Notes on vaccination in the North-West Frontier Province 1923-1928 - 1923-1928
Year: 1923
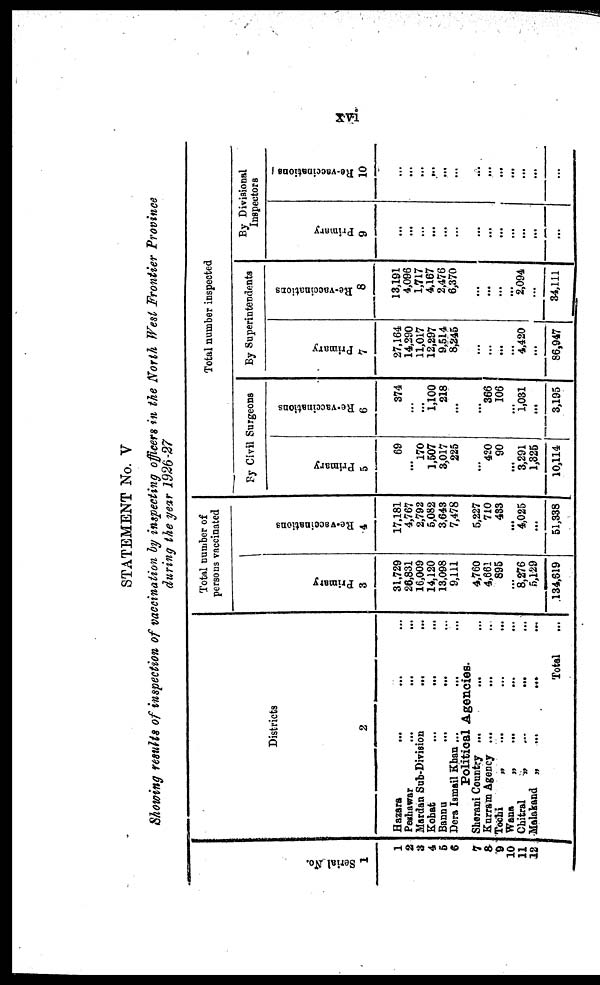
xvi
STATEMENT No. V
Showing results of inspection of vaccination by inspecting officers in the North West Frontier Province
during the year 1926-27
Serial No.
1
1
2
3
4
5
6
7
8 9
10
11
12
Districts
2
Hazara
... ... ...
Peshawar
...
...
...
Mardan Sub-Division
... ...
Kohat ... ... ...
Bannu
...
... ...
Dera Ismail Khan ... ... ...
Political Agencies.
Sherani Country ...
... ...
Kurram Agency ... ... ...
Tochi
„ ... ... ...
Wana
„
... ... ...
Chitral
„
...
...
Malakand „
...
... ...
Total ...
Total number of
persons vaccinated
Primary
3
31,729
26,831
16,009
14,120
13,098
9,111
4,760
4,661
895
...
8,276
5,129
134,619
Re-vaccinations
4
17,181
4,767
2,792
5,082
3,643
7,478
5,227
710
433
...
4,025
...
51,338
Total number inspected
By Civil Surgeons
Primary
5
69
...
170
1,507
3,017
225
...
420
90
...
3,291
1,325
10,114
Re-vaccinations
6
374
...
...
1,100
218
...
...
366
106
...
1,031
...
3,195
By Superintendents
Primary
7
27,164
14,290
11,017
12,297
9,514
8,245
...
...
...
...
4,420
...
86,947
Re-vaccinations
8
13,191
4,096
1,717
4,167
2,476
6,370
...
...
...
...
2,094
...
34,111
By Divisional
Inspectors
Primary
9
...
...
...
...
...
...
...
...
...
...
...
...
...
Re-vaccinations
10
...
...
...
...
...
...
...
...
...
...
...
...
...